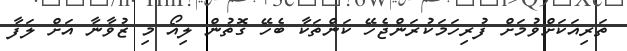
ތަރިއަކަށްވުމަށް ފުރިހަމަކުރަންޖެހޭ ކަންތަކާ ބެހޭ ގޮތުން ލިއޯ މި ޒުވާނާ އަށް ލަފާ